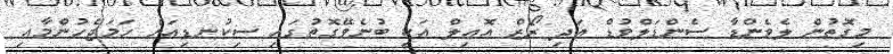
މިގޮތުން ލެވެންޑާ ސެންޑަލްވުޑް އަދި ރޯޒް އޮއިލް އަކީ ބުނެވޭގޮތުގައި ސިކުނޑިއަށް ހަމަޖެހުންމާއި